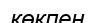
көкпен